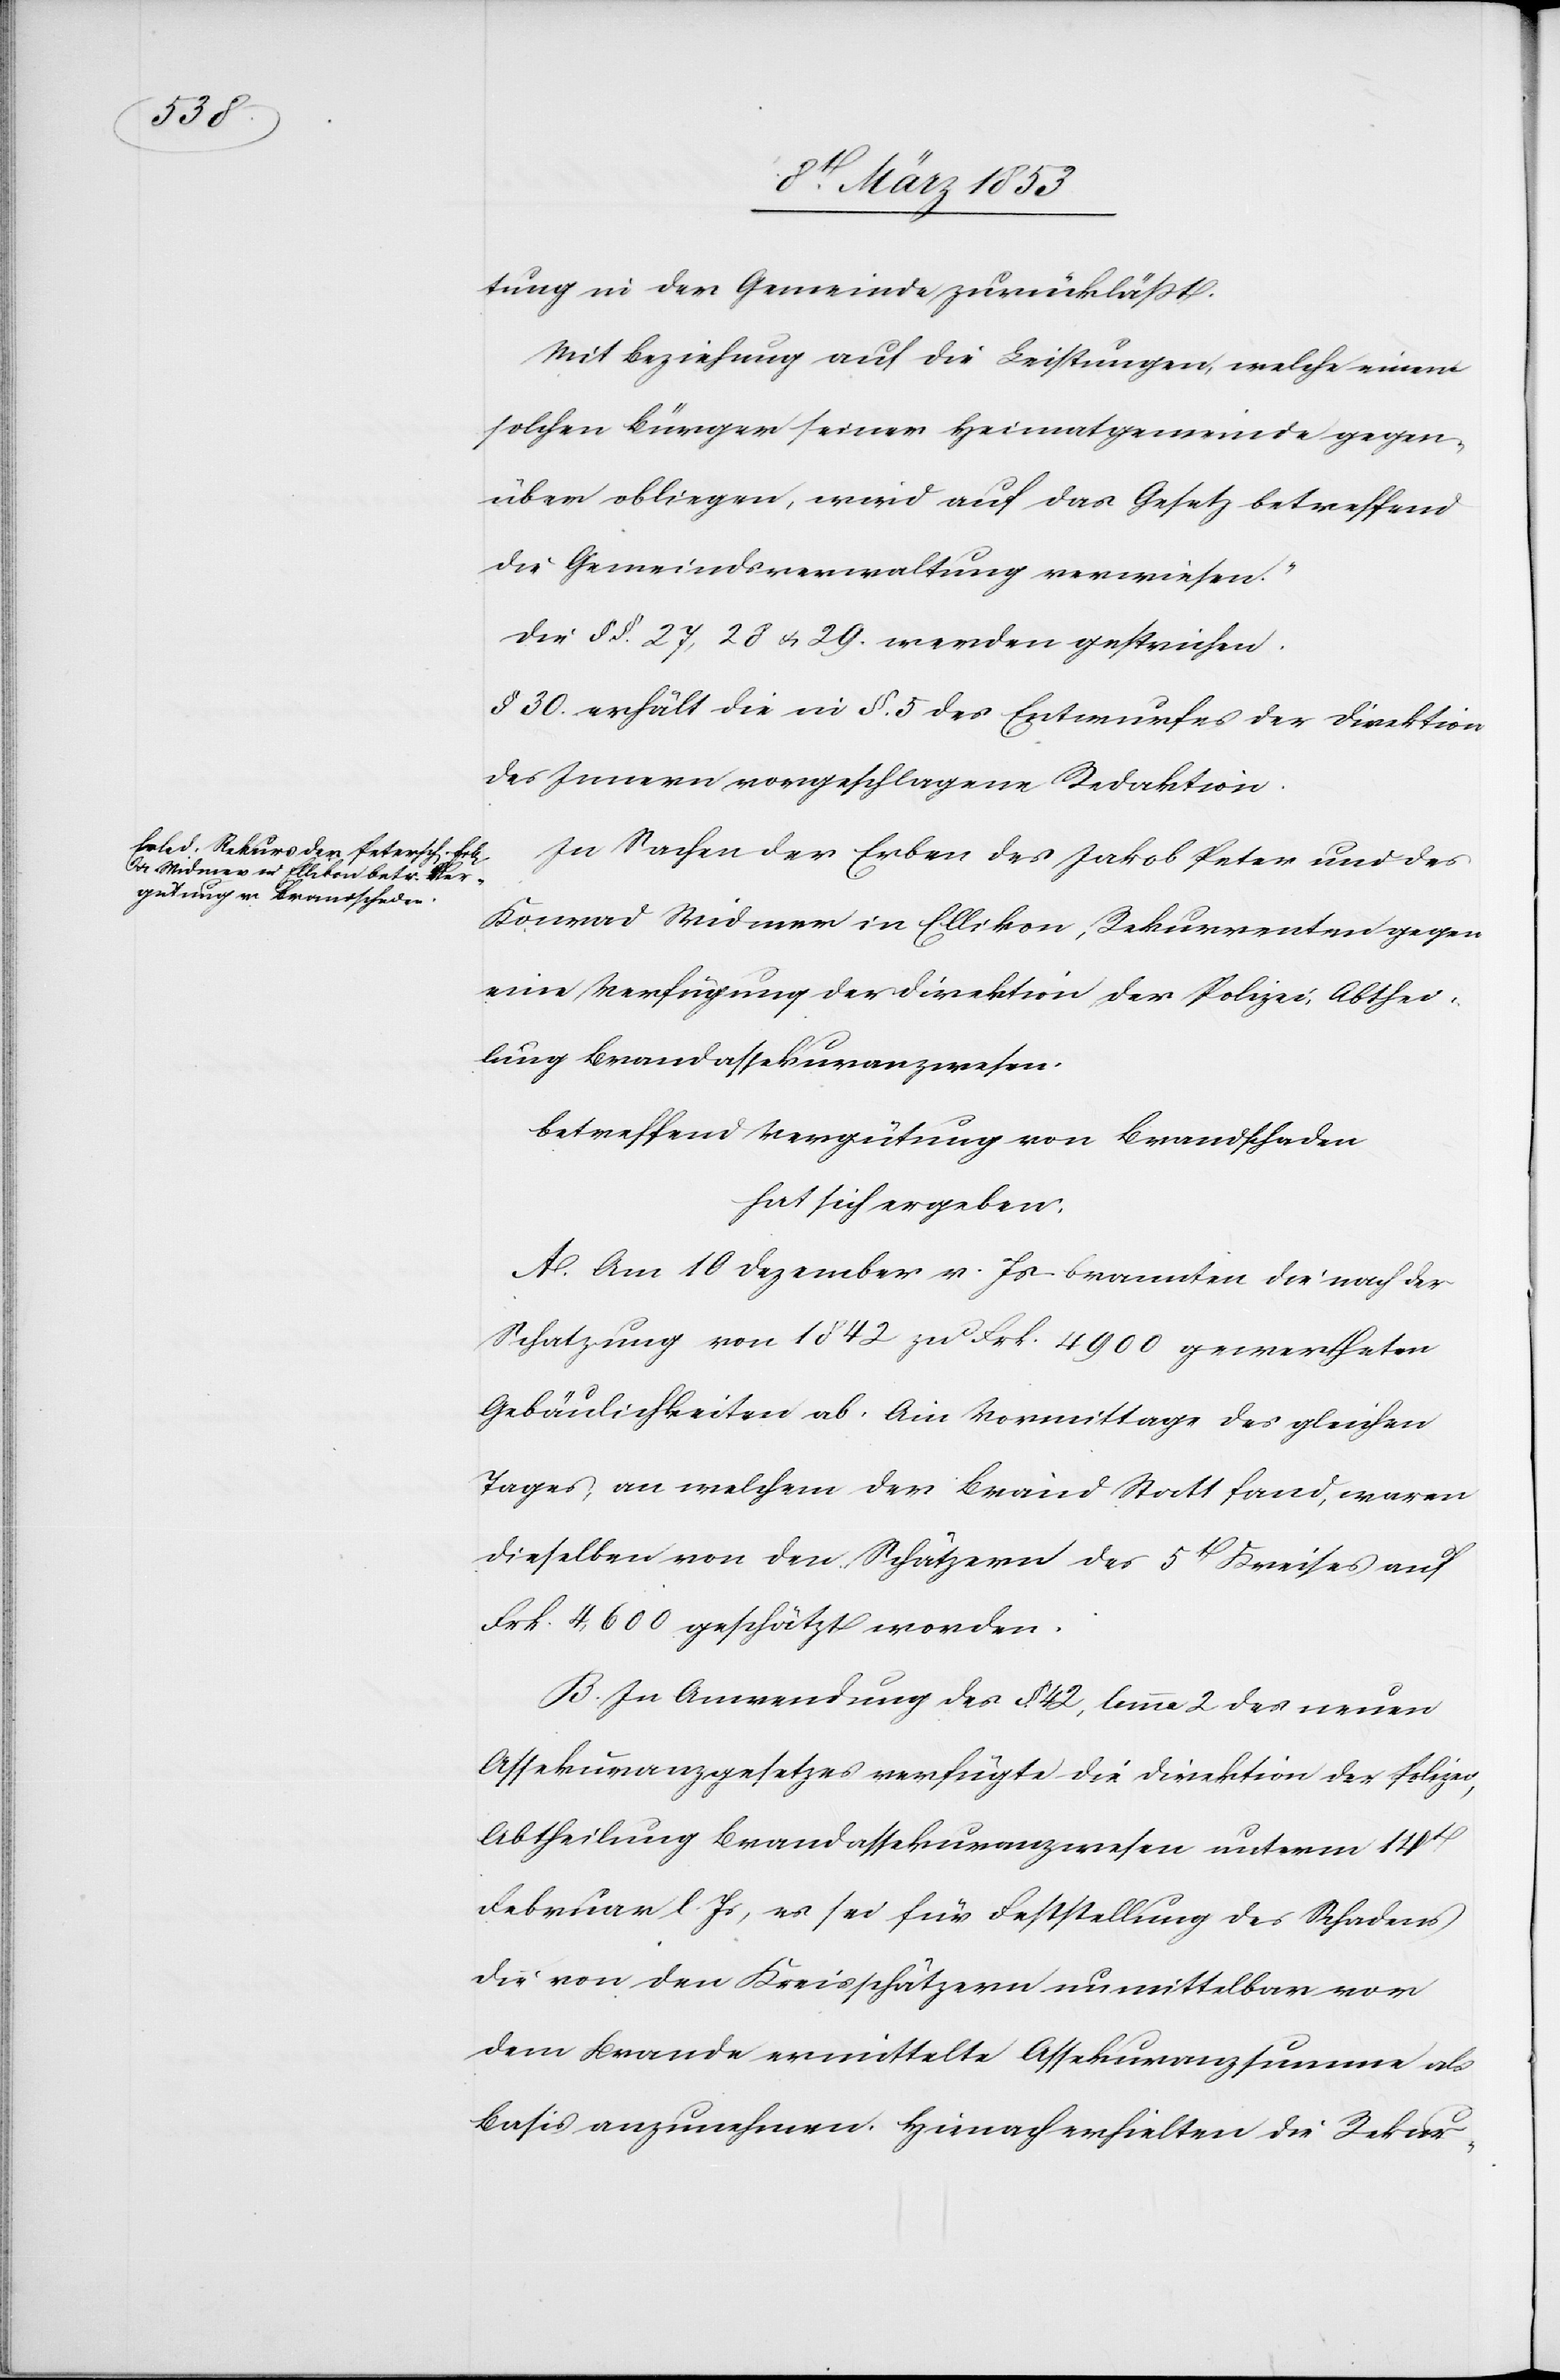
tung in der Gemeinde zurückläßt.
Mit Beziehung auf die Leistungen, welche einen
solchen Bürger seiner Heimatgemeinde gegen¬
über obliegen, wird auf das Gesetz betreffend
die Gemeindeverwaltung verwiesen.“
Die §§. 27, 28 u. 29 werden gestrichen.
§ 30 erhält die in § 5. des Entwurfes der Direktion
des Innern vorgeschlagene Redaktion.
In Sachen der Erben des Jakob Peter und des
Konrad Widmer in Ellikon, Rekurrenten gegen
eine Verfügung der Direktion der Polizei, Abthei¬
lung Brandaßekuranzwesen.
betreffend Vergütung von Brandschaden.
hat sich ergeben:
A. Am 10 Dezember v. Js. brannten die nach der
Schatzung von 1842 zu Frk. 4900 gewertheten
Gebäulichkeiten ab. Am Vormittag des gleichen
Tages an welchem der Brand Statt fand, waren
dieselben von den Schätzern des 5t. Kreises auf
Frk. 4,600 geschätzt worden.
B. In Anwendung des § 42, lemma 2 des neuen
Assekuranzgesetzes verfügte die Direktion der Polizei¬
abtheilung Brandassekuranzwesen unterm 14t.
Februar l. Js., es sei für Feststellung des Schadens
die von den Kreisschätzern unmittelbar vor
dem Brande ermittelte Assekuranzsumme als
Basis anzunehmen. Hienach erhielten die Rekur-